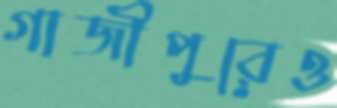
গাজীপুরেও